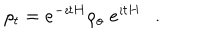
\rho _ { t } = e ^ { - \imath t H } \rho _ { o } \; e ^ { \imath t H } .